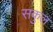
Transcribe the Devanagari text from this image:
सकुल